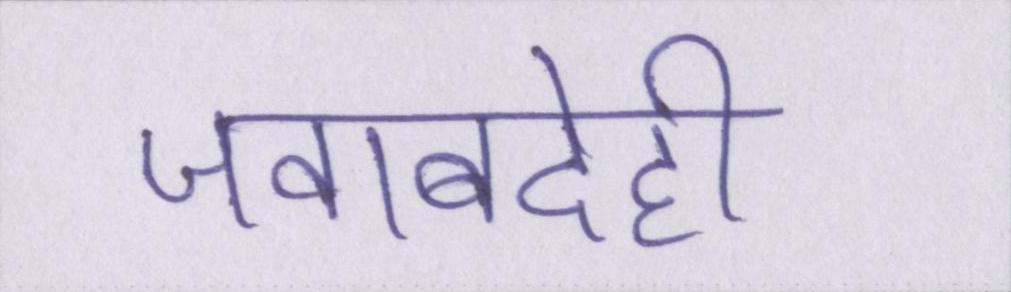
जवाबदेही